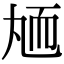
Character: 䎠